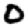
Digit: 0